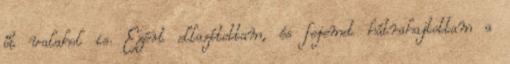
őt valahol is. Ezért ellazítottam, és fejemet hátrahajtottam a